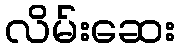
လိမ်းဆေး